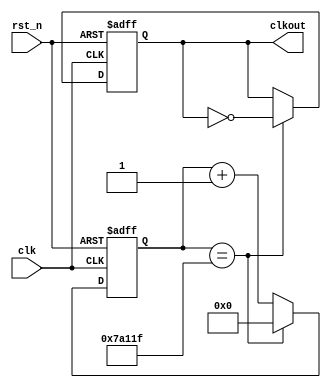
`timescale 1ns / 1ps

//default 100MHz divided into 100Hz
module frequency_divider#(parameter target=100)(
    input clk,
    input rst_n,
    output reg clkout
    );
    
    //2^27 > 100M
    reg [26:0] cnt=0;
    parameter divisor=100_000_000/target;
    
    always@(posedge clk,negedge rst_n)
    begin
        if(!rst_n) begin
            cnt<=0;
            clkout<=0;
        end
        else if(cnt==(divisor>>1)-1) begin  
            cnt<=0;
            clkout=~clkout;
        end
        else
            cnt<=cnt+1;
    end
    
endmodule